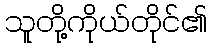
သူတို့ကိုယ်တိုင်၏